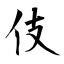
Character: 伎